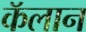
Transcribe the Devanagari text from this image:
कॅलान